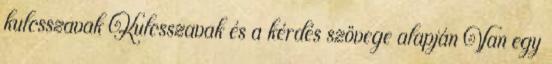
kulcsszavak Kulcsszavak és a kérdés szövege alapján Van egy